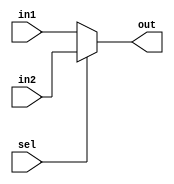
module mux2x8(input [7:0]in1, in2, output [7:0] out, input sel);
	assign out = (sel==0? in1: in2);
endmodule